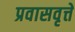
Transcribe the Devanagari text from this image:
प्रवासवृत्ते